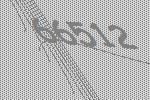
66512